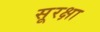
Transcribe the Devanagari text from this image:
सूरक्षा